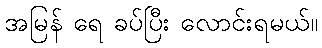
အမြန် ရေ ခပ်ပြီး လောင်းရမယ်။